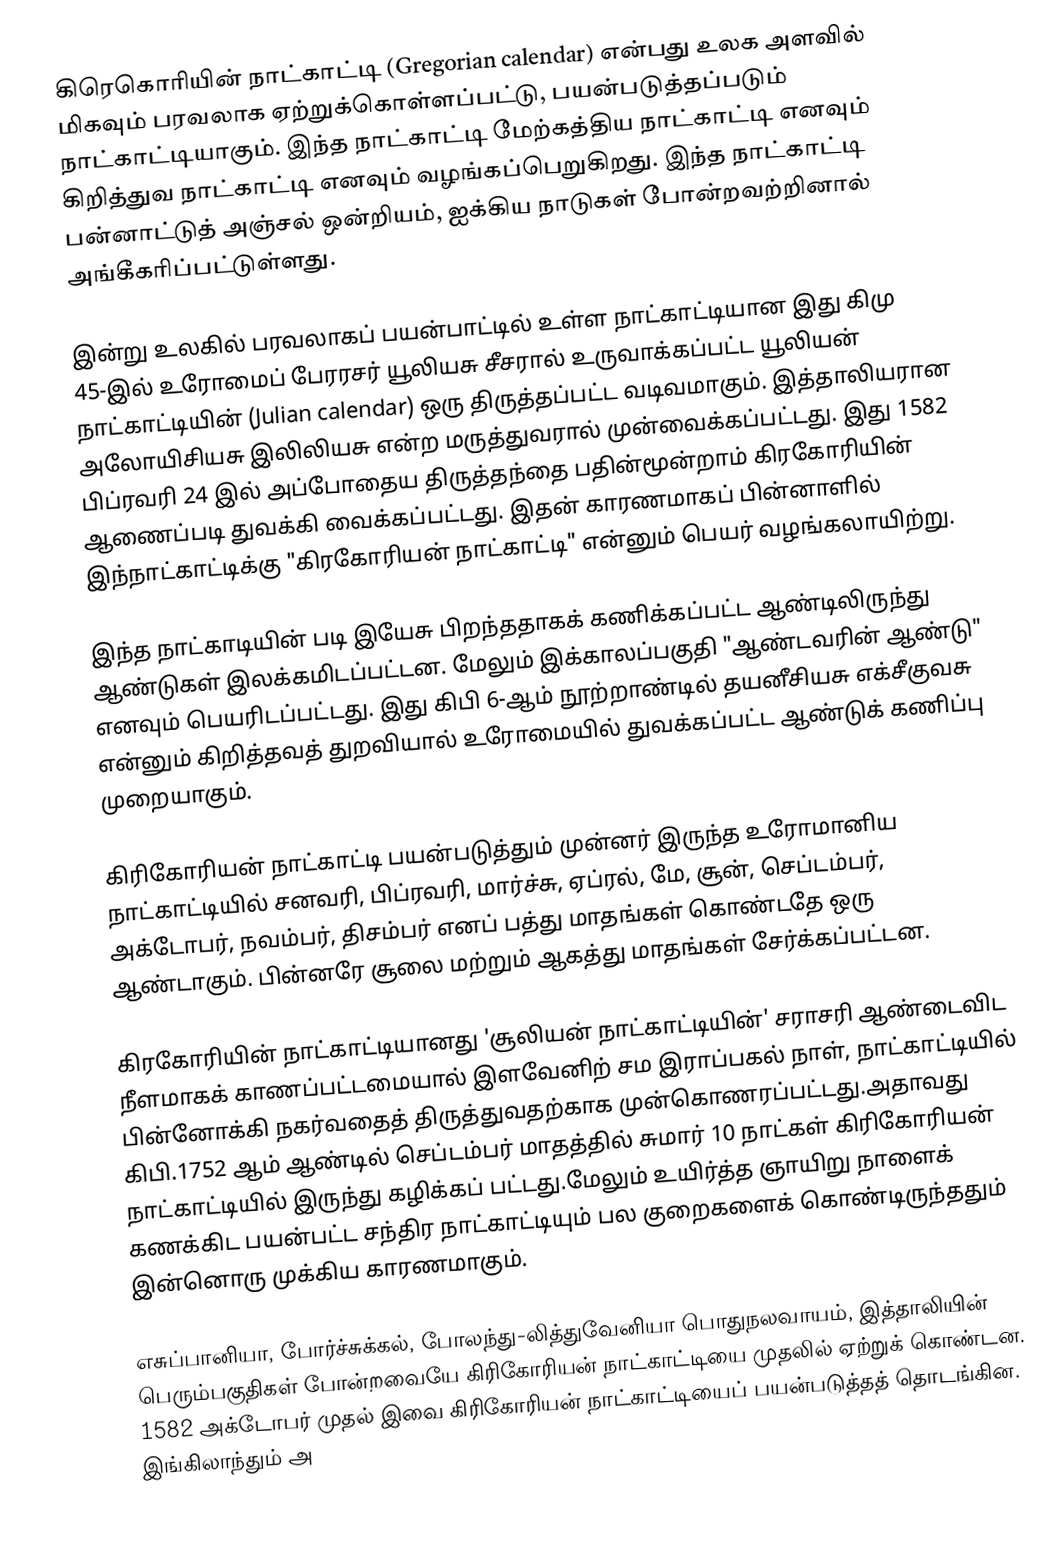
கிரெகொரியின் நாட்காட்டி (Gregorian calendar) என்பது உலக அளவில் மிகவும் பரவலாக ஏற்றுக்கொள்ளப்பட்டு, பயன்படுத்தப்படும் நாட்காட்டியாகும். இந்த நாட்காட்டி மேற்கத்திய நாட்காட்டி எனவும் கிறித்துவ நாட்காட்டி எனவும் வழங்கப்பெறுகிறது. இந்த நாட்காட்டி பன்னாட்டுத் அஞ்சல் ஒன்றியம், ஐக்கிய நாடுகள் போன்றவற்றினால் அங்கீகரிப்பட்டுள்ளது.

இன்று உலகில் பரவலாகப் பயன்பாட்டில் உள்ள நாட்காட்டியான இது கிமு 45-இல் உரோமைப் பேரரசர் யூலியசு சீசரால் உருவாக்கப்பட்ட யூலியன் நாட்காட்டியின் (Julian calendar) ஒரு திருத்தப்பட்ட வடிவமாகும். இத்தாலியரான அலோயிசியசு இலிலியசு என்ற மருத்துவரால் முன்வைக்கப்பட்டது. இது 1582 பிப்ரவரி 24 இல் அப்போதைய திருத்தந்தை பதின்மூன்றாம் கிரகோரியின் ஆணைப்படி துவக்கி வைக்கப்பட்டது. இதன் காரணமாகப் பின்னாளில் இந்நாட்காட்டிக்கு "கிரகோரியன் நாட்காட்டி" என்னும் பெயர் வழங்கலாயிற்று.

இந்த நாட்காடியின் படி இயேசு பிறந்ததாகக் கணிக்கப்பட்ட ஆண்டிலிருந்து ஆண்டுகள் இலக்கமிடப்பட்டன. மேலும் இக்காலப்பகுதி "ஆண்டவரின் ஆண்டு" எனவும் பெயரிடப்பட்டது. இது கிபி 6-ஆம் நூற்றாண்டில் தயனீசியசு எக்சீகுவசு என்னும் கிறித்தவத் துறவியால் உரோமையில் துவக்கப்பட்ட ஆண்டுக் கணிப்பு முறையாகும்.

கிரிகோரியன் நாட்காட்டி பயன்படுத்தும் முன்னர் இருந்த உரோமானிய நாட்காட்டியில் சனவரி, பிப்ரவரி, மார்ச்சு, ஏப்ரல், மே, சூன், செப்டம்பர், அக்டோபர், நவம்பர், திசம்பர் எனப் பத்து மாதங்கள் கொண்டதே ஒரு ஆண்டாகும். பின்னரே சூலை மற்றும் ஆகத்து மாதங்கள் சேர்க்கப்பட்டன.

கிரகோரியின் நாட்காட்டியானது 'சூலியன் நாட்காட்டியின்' சராசரி ஆண்டைவிட நீளமாகக் காணப்பட்டமையால் இளவேனிற் சம இராப்பகல் நாள், நாட்காட்டியில் பின்னோக்கி நகர்வதைத் திருத்துவதற்காக முன்கொணரப்பட்டது.அதாவது கிபி.1752 ஆம் ஆண்டில் செப்டம்பர் மாதத்தில் சுமார் 10 நாட்கள் கிரிகோரியன் நாட்காட்டியில் இருந்து கழிக்கப் பட்டது.மேலும் உயிர்த்த ஞாயிறு நாளைக் கணக்கிட பயன்பட்ட சந்திர நாட்காட்டியும் பல குறைகளைக் கொண்டிருந்ததும் இன்னொரு முக்கிய காரணமாகும்.

எசுப்பானியா, போர்ச்சுக்கல், போலந்து-லித்துவேனியா பொதுநலவாயம், இத்தாலியின் பெரும்பகுதிகள் போன்றவையே கிரிகோரியன் நாட்காட்டியை முதலில் ஏற்றுக் கொண்டன. 1582 அக்டோபர் முதல் இவை கிரிகோரியன் நாட்காட்டியைப் பயன்படுத்தத் தொடங்கின. இங்கிலாந்தும் அ